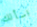
اسألك